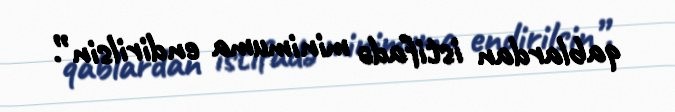
qablardan istifadə minimuma endirilsin”.